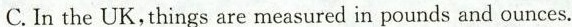
C. In the UK,things are measured in pounds and ounces.